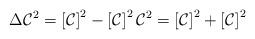
LaTeX: \begin{align*}\Delta\mathcal{C}^{2}\overset{}{=}\left[ \mathcal{C}^{}\right] ^{2}-\left[ \mathcal{C}^{}\right]^{2}\mathcal{C}_{}^{2}\overset{}{=}\left[\mathcal{C}^{}\right] ^{2}+\left[ \mathcal{C}^{}\right] ^{2}\end{align*}